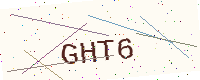
Text: GHT6